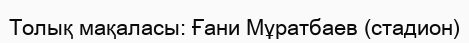
Толық мақаласы: Ғани Мұратбаев (стадион)